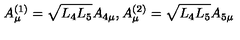
A _ { \mu } ^ { ( 1 ) } = \sqrt { L _ { 4 } L _ { 5 } } A _ { 4 \mu } , A _ { \mu } ^ { ( 2 ) } = \sqrt { L _ { 4 } L _ { 5 } } A _ { 5 \mu }